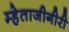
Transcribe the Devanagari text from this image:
म्हेताजीगीरी